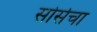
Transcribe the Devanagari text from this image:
सोर्सचा